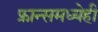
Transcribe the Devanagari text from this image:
फ्रान्समध्येही